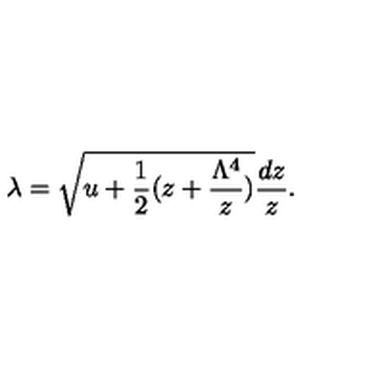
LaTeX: \lambda = \sqrt { u + \frac { 1 } { 2 } ( z + \frac { \Lambda ^ { 4 } } { z } ) } \frac { d z } { z } .